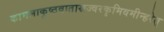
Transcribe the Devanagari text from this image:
कामलाकुष्ठवातास्रज्वरकृमिवमीन्हरेत्